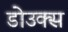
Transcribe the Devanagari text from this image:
डोउक्स